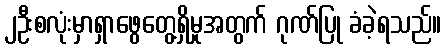
၂ဦးစလုံးမှာရှာဖွေတွေ့ရှိမှုအတွက် ဂုဏ်ပြု ခံခဲ့ရသည်။